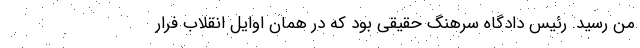
من رسید. رئیس دادگاه سرهنگ حقیقی بود که در همان اوایل انقلاب فرار